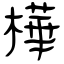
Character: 樺